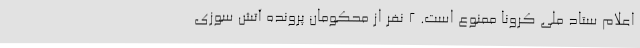
اعلام ستاد ملی کرونا ممنوع است. 2 نفر از محکومان پرونده آتش سوزی